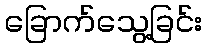
ခြောက်သွေ့ခြင်း